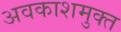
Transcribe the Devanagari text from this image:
अवकाशमुक्त